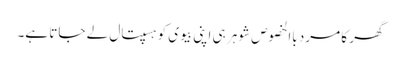
گھر کا مرد باالخصوص شوہر ہی اپنی بیوی کو ہسپتال لے جاتا ہے۔